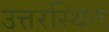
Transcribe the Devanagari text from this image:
उत्तरस्थित